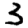
Digit: 3